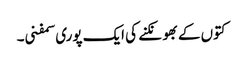
کتوں کے بھونکنے کی ایک پوری سمفنی۔